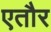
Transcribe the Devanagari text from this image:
एतौर